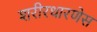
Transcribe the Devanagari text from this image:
शरीरधारणेस